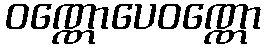
ဝဏ္ဏောပေဝဏ္ဏော